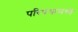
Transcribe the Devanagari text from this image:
परिपथामध्ये